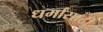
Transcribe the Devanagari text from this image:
धर्मांसाठी